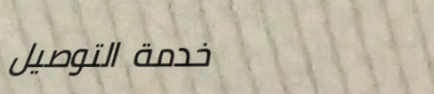
خدمة التوصيل